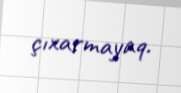
çıxarmayaq.